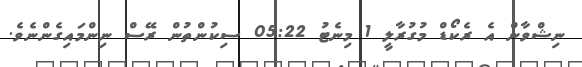
ނިޝްވާން އެ ރެކޯޑް މުގުރާލީ 1 މިނެޓު 05:22 ސިކުންތުން ރޭސް ނިންމައިގެންނެވެ.